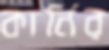
কার্নির